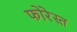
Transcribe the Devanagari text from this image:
फोरेस्त